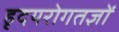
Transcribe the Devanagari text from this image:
हृदयरोगतज्ञों